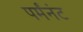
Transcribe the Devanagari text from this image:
पर्मंनंट